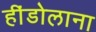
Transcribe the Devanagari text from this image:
हींडोलाना